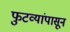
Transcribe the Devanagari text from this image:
फुटव्यांपासून